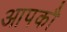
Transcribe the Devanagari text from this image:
आपकौ